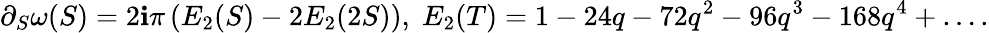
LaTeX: \partial_{S}\omega(S)=2\mathbf{i}\pi\left(E_{2}(S)-2E_{2}(2S)\right),\; E_{2}(T)=1-24q-72q^{2}-96q^{3}-168q^{4}+\dots.